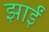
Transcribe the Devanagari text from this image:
झाईं